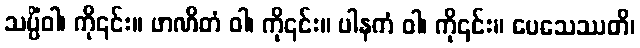
သပ္ပိံဝါ၊ ကို၎င်း။ ဖာဏိတံ ဝါ၊ ကို၎င်း။ ပါနကံ ဝါ၊ ကို၎င်း။ ပေသေဿတိ၊